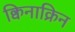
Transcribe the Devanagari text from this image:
क्विनाक्रिन